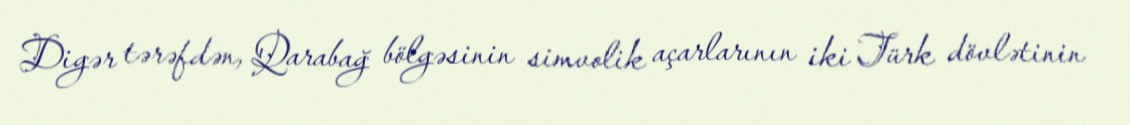
Digər tərəfdən, Qarabağ bölgəsinin simvolik açarlarının iki Türk dövlətinin